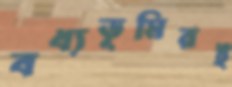
বধ্যভূমিরই